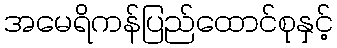
အမေရိကန်ပြည်ထောင်စုနှင့်